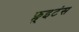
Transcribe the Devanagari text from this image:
फ्लूइटंस